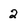
Character: 2